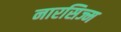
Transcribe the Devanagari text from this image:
नारसिज्म